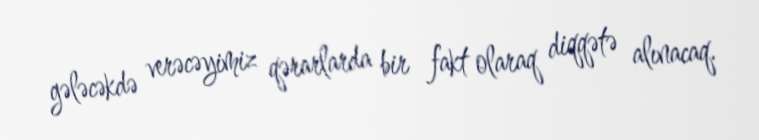
gələcəkdə verəcəyimiz qərarlarda bir fakt olaraq diqqətə alınacaq.